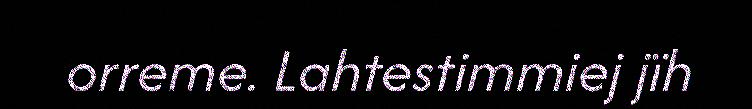
orreme. Lahtestimmiej jïh